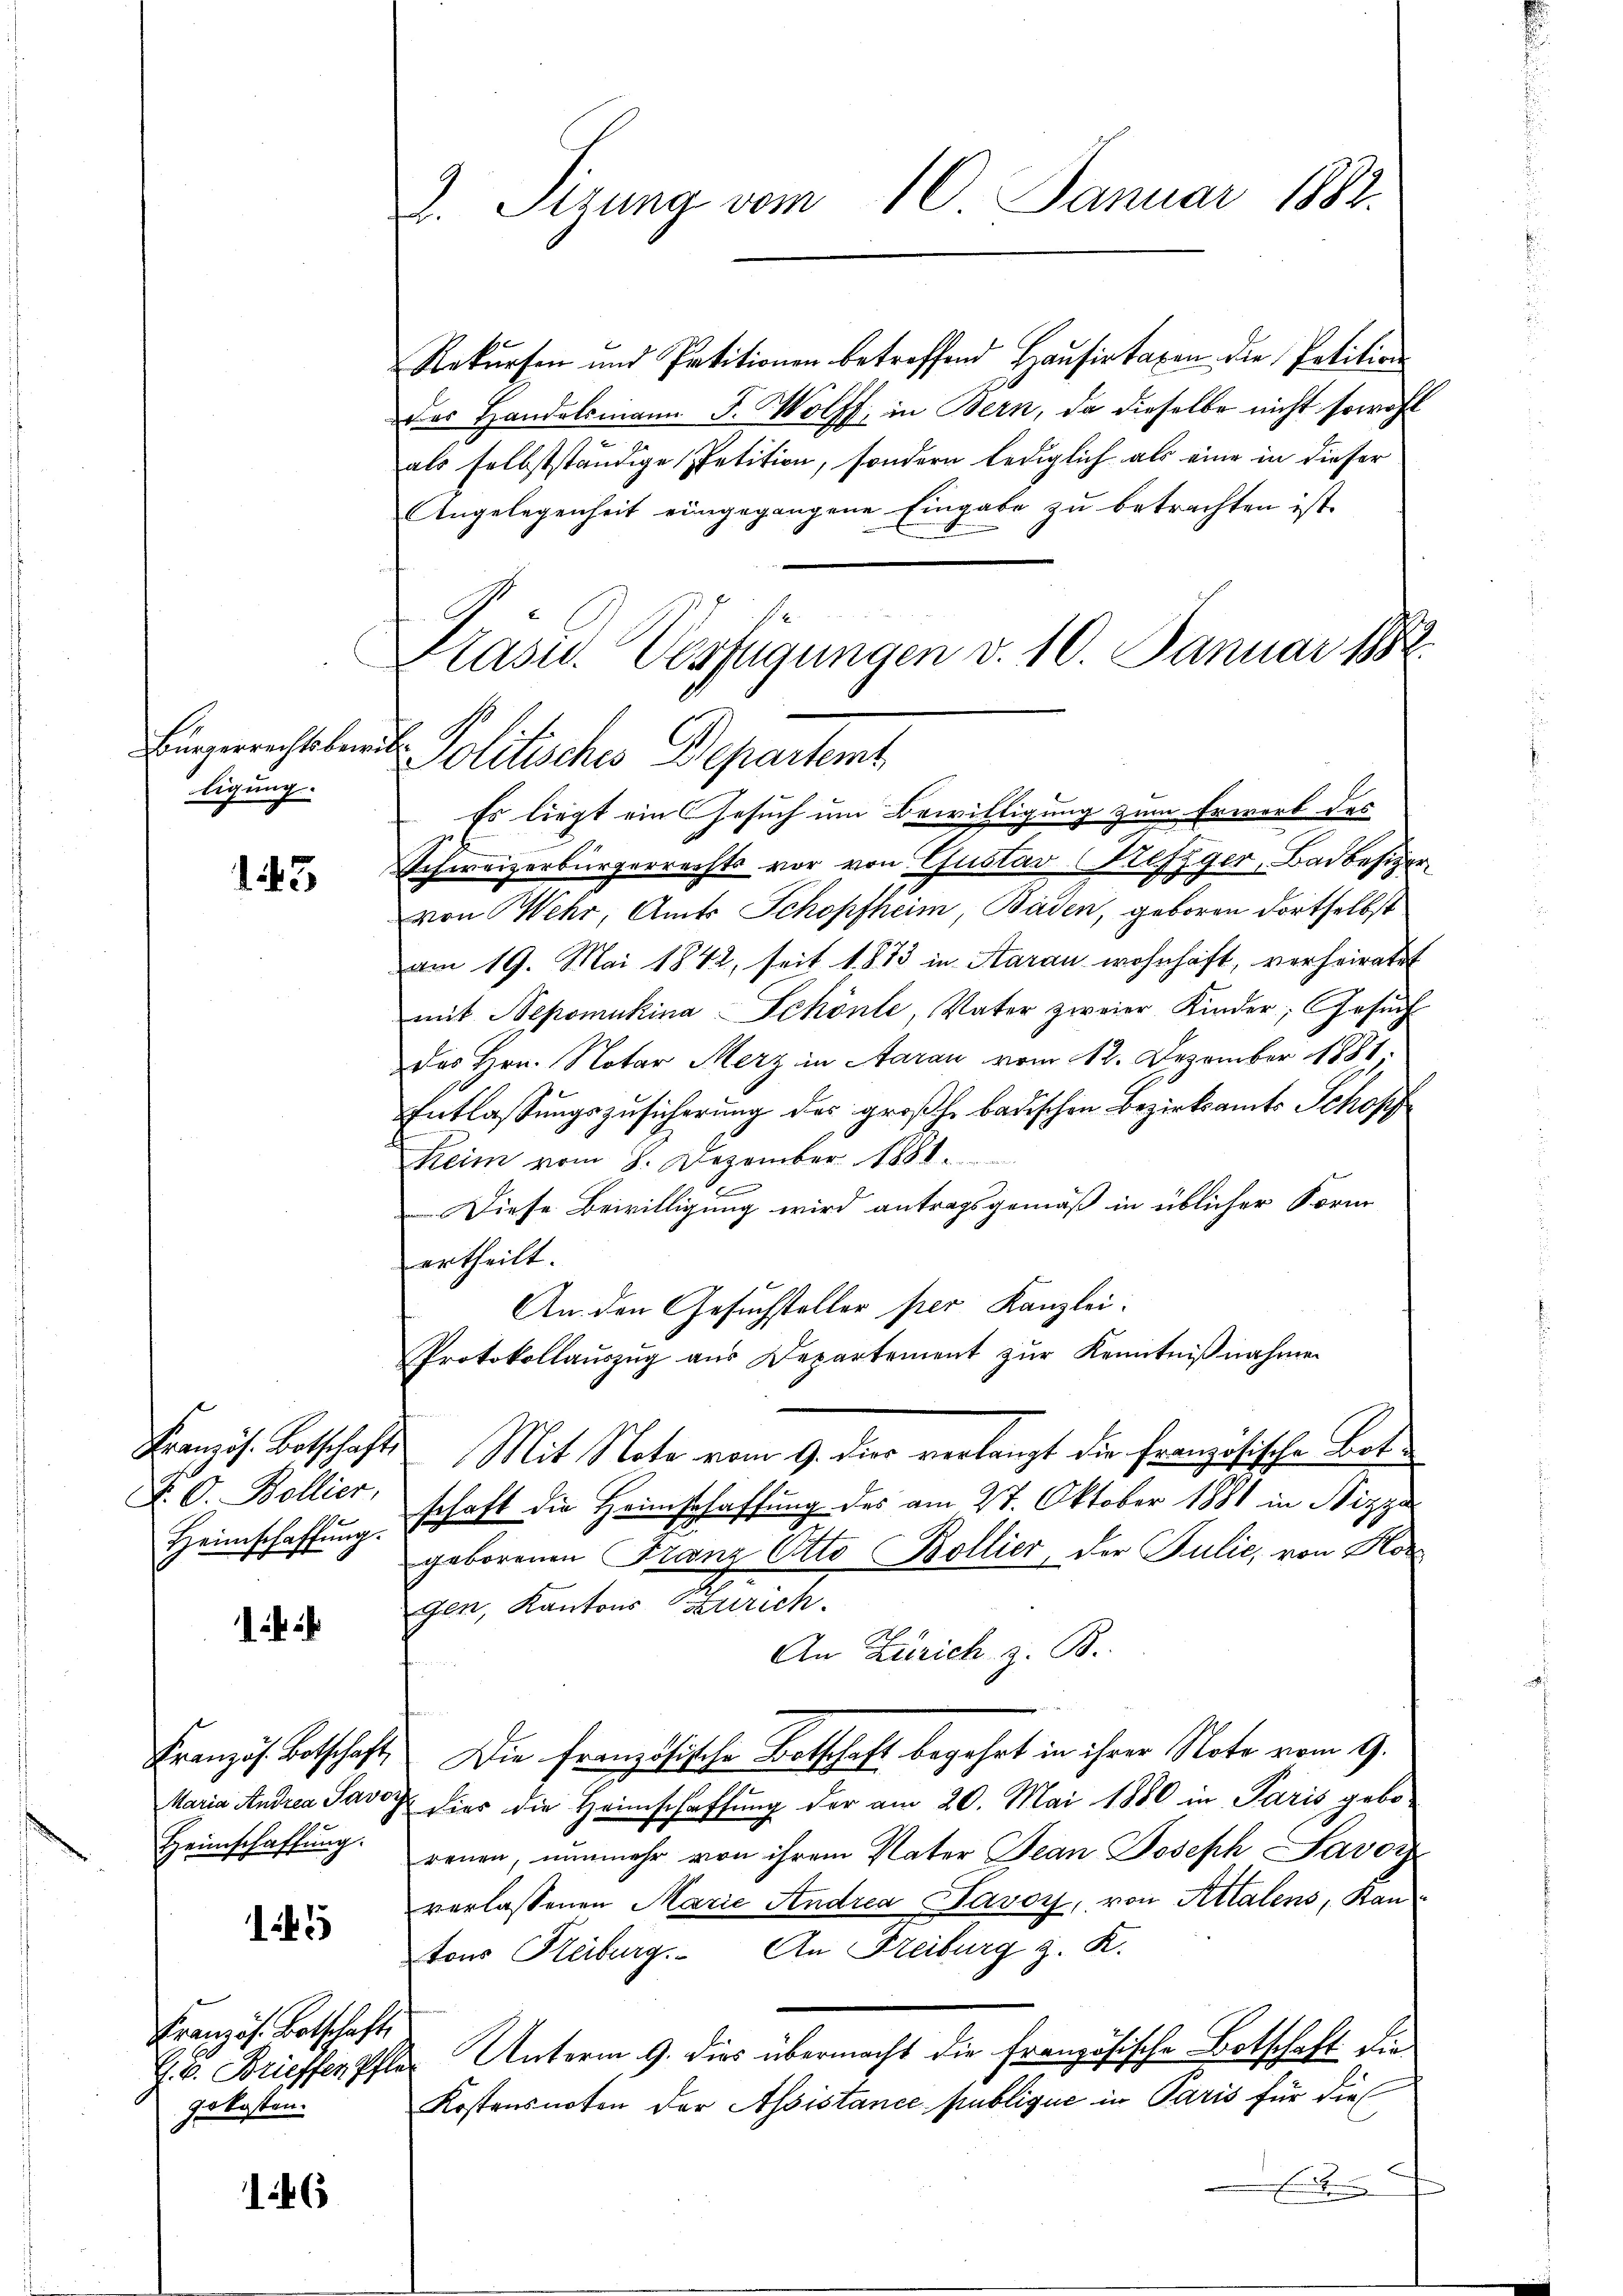
Bürgerrechtsbew
ligung.

143

N. O. Bollier,
Heimschaffŭng.

Rekursen und Petitionen betreffend Hausirtaxen die Petition
das Handelsmann F. Wolff, in Bern, da dieselbe nicht sowohl
als selbstständige Petition, sondern lediglich als eine in dieser
Angelegenheit eingegangene Eingabe zu betrachten ist.
Schweizerbürgerrechts vor von Gustav (Krefzger, Badbesizer
von ehr, Amts Schopfheim, Baden, geboren dortselbst
am 19. Mai 1842, seit 1873 in Aarau wohnhaft, verheiratet
mit Nepomukina Schönte, Vater zweier Kinder; Gesuch
des Hrn. Notar Merz in Aarau vom 12. Dezember 1881,
Entlassungszusicherung des großh. badischen Bezirksamts Schopf
Keim vom 8. Dezember 1881.
e
Diese Bewilligung wird antragsgemäß in üblicher Form
ertheilt.
An den Gesuchsteller per Kanzlei.
Protokollauszug aus Departement zur Kenntnißnahmen
Französ. Botschafte Mit Note vom 9. Dier verlangt die französische Botschaft die Heimschaffung des am 27. Oktober 1881 in Nizza
geborenen Franz Otto Bollier, der Julić, von Hor
gen, Kantons Zürich.
An Zürich, z. B.
Französ. Botschaft, Die französische Botschaft begehrt in ihrer Note vom 9.
Maria Andrea Savor hier die Heimschaffung der am 20. Mai 1880 in Paris gebo-
renen, nunmehr von ihrem Vater Jean Joseph Savoy
verlassenen Marie Andrea Savoy, von Attalens, Ban
tons Heiburg. An Freiburg z. K.
J. V. Brieffen Pfler Unterm 9. dies übermacht die französische Botschaft die
Kostensnoten der Assistance publique in Paris für dies

Heimschaffung.

145

Französ. Botschafti
gekosten.

146

2. Sizung vom 16. Januar 1882.

ch
Politisches Departent
Es liegt ein Gesuch um Bewilligung zum Erwarb des

Kasu. Verfügungen v. 10. Januar 1888